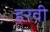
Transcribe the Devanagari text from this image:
हरवी